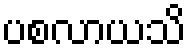
ပစလာယသိ